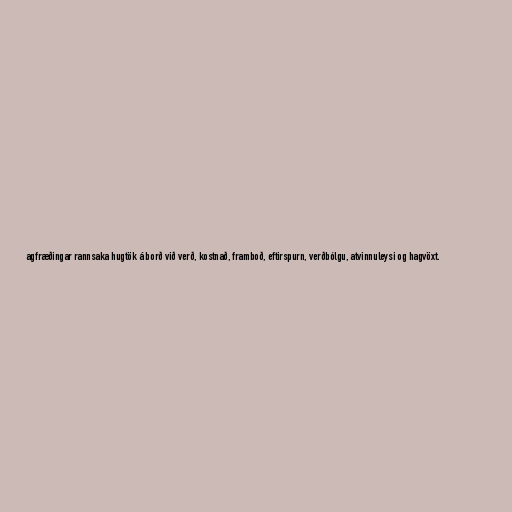
agfræðingar rannsaka hugtök á borð við verð, kostnað, framboð, eftirspurn, verðbólgu, atvinnuleysi og hagvöxt.